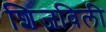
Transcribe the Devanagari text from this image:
शिजविली